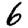
Digit: 6